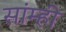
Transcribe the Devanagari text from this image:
सांम्ही